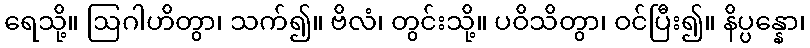
ရေသို့။ ဩဂါဟိတွာ၊ သက်၍။ ဗိလံ၊ တွင်းသို့။ ပဝိသိတွာ၊ ဝင်ပြီး၍။ နိပ္ပန္နော၊